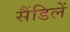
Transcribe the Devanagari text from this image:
सैंडिलें